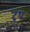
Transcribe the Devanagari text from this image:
ट्र्थ